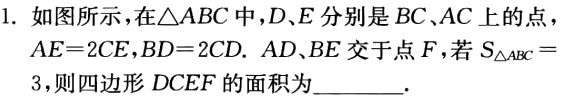
1. 如图所示，在\(\triangle ABC\)中，\(D\)、\(E\)分别是\(BC\)、\(AC\)上的点，\(AE = 2CE\)，\(BD = 2CD\). \(AD\)、\(BE\)交于点\(F\)，若\(S_{\triangle ABC}=3\)，则四边形\(DCEF\)的面积为  .